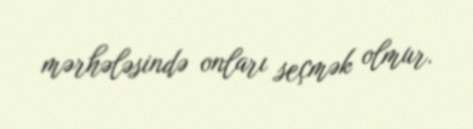
mərhələsində onları seçmək olmur.